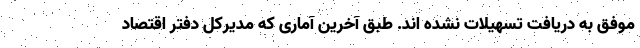
موفق به دریافت تسهیلات نشده اند. طبق آخرین آماری که مدیرکل دفتر اقتصاد